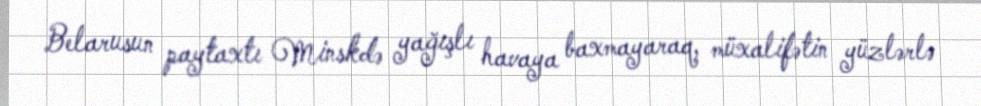
Belarusun paytaxtı Minskdə yağışlı havaya baxmayaraq, müxalifətin yüzlərlə